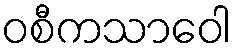
ဝစီကသာဝေါ